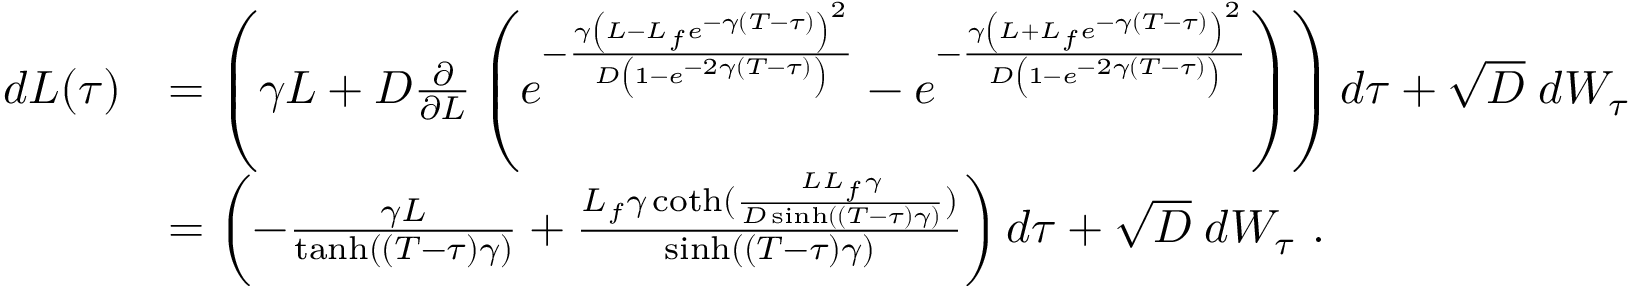
\begin{array} { r l } { d L ( \tau ) } & { = \left( \gamma L + D \frac { \partial } { \partial L } \left( e ^ { - \frac { \gamma \left( L - L _ { f } e ^ { - \gamma ( T - \tau ) } \right) ^ { 2 } } { D \left( 1 - e ^ { - 2 \gamma ( T - \tau ) } \right) } } - e ^ { - \frac { \gamma \left( L + L _ { f } e ^ { - \gamma ( T - \tau ) } \right) ^ { 2 } } { D \left( 1 - e ^ { - 2 \gamma ( T - \tau ) } \right) } } \right) \right) d \tau + \sqrt { D } \; d W _ { \tau } } \\ & { = \left( - \frac { \gamma L } { \operatorname { t a n h } ( ( T - \tau ) \gamma ) } + \frac { L _ { f } \gamma \coth ( \frac { L L _ { f } \gamma } { D \sinh ( ( T - \tau ) \gamma ) } ) } { \sinh ( ( T - \tau ) \gamma ) } \right) d \tau + \sqrt { D } \; d W _ { \tau } \ . } \end{array}